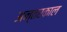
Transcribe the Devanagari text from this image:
अन्तरकाल